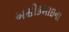
અશોકભાઇના